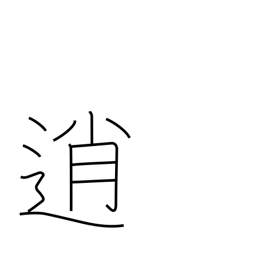
Meaning: loaf